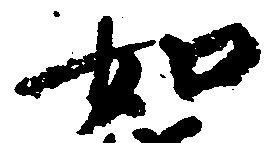
如